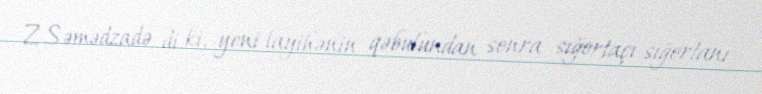
Z.Səmədzadə di ki, yeni layihənin qəbulundan sonra sığortaçı sığortanı